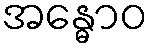
အန္ဓောဝ